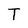
Character: T